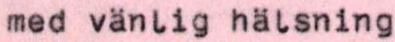
med vänlig hälsning